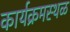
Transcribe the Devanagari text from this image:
कार्यक्रमस्थळ